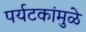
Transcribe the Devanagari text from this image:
पर्यटकांमुळे